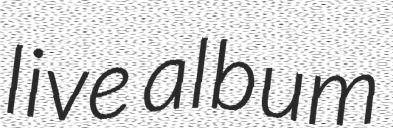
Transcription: live album